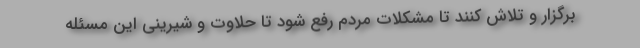
برگزار و تلاش کنند تا مشکلات مردم رفع شود تا حلاوت و شیرینی این مسئله